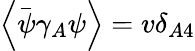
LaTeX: \left\langle\overset{\_ }{\psi}\gamma_{A}\psi\right\rangle=v\delta_{A4}